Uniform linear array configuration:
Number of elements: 32
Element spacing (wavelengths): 0.5
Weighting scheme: blackman
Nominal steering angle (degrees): -15
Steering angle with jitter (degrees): -14.325
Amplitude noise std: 0.05
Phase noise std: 0.05

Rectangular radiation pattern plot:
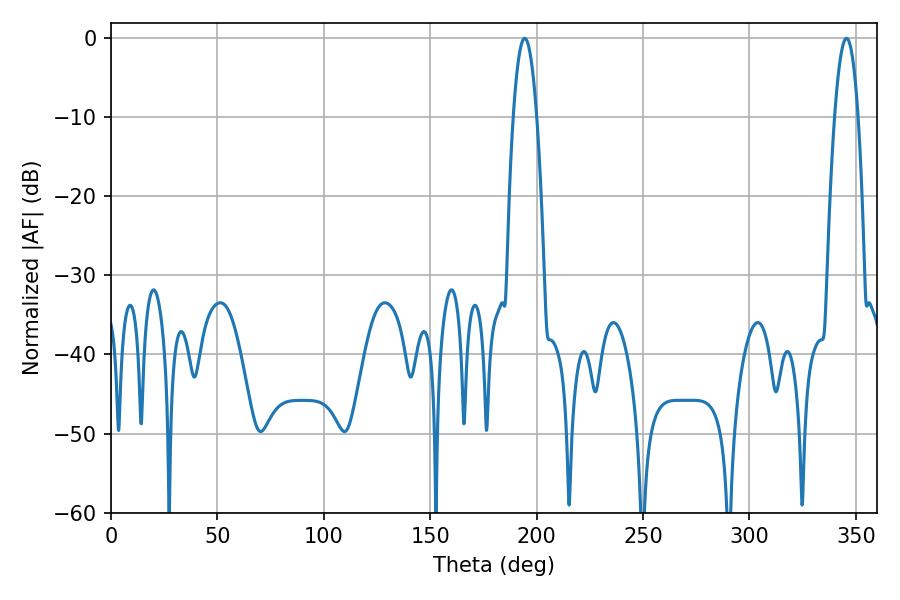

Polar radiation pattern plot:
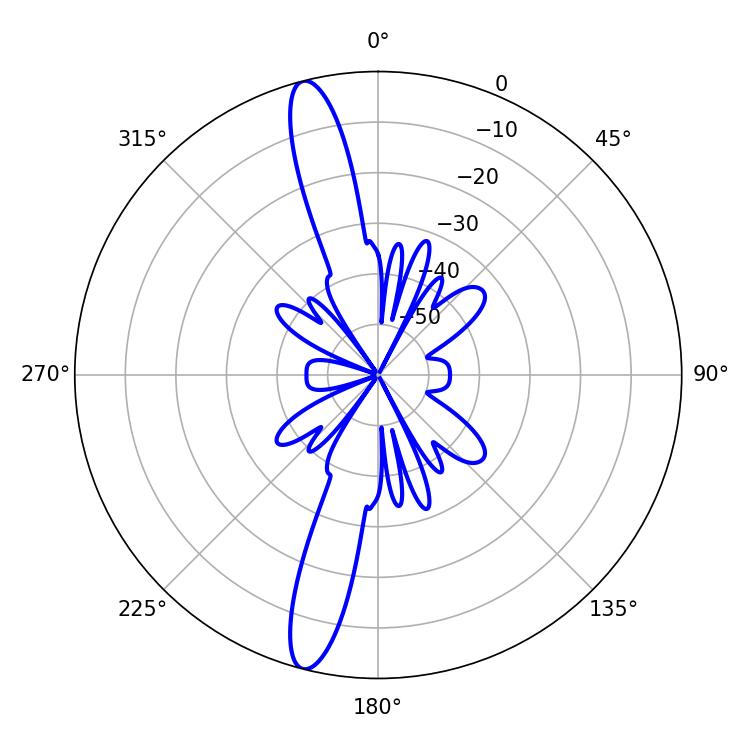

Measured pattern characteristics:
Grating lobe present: FALSE
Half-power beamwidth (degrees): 6.12
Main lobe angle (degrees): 345.6